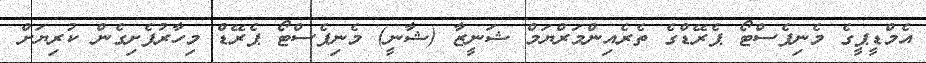
އެމްޑީޕީގެ މެނިފެސްޓޯ ޕެރޭޑްގެ ތެރެއިންމަރްޔަމް ޝަނީޒާ (ޝާނީ) މެނިފެސްޓޯ ޕެރޭޑް މިހާރުފެށިގެން ކުރިޔަށް